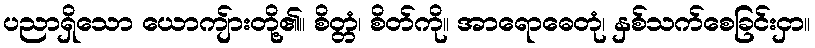
ပညာရှိသော ယောကျ်ားတို့၏။ စိတ္တံ၊ စိတ်ကို။ အာရောဓေတုံ၊ နှစ်သက်စေခြင်းငှာ။